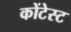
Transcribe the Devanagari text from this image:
कोंटेस्ट